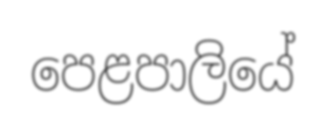
පෙළපාලියේ